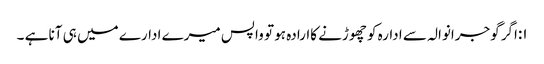
۱:اگر گوجرانوالہ سے ادارہ کو چھوڑنے کاارادہ ہو تو واپس میرے ادارے میں ہی آنا ہے ۔